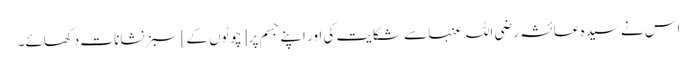
اس نے سیدہ عائشہ رضی اللہ عنہا سے شکایت کی اور اپنے جسم پر [چوٹوں کے] سبز نشانات دکھائے۔